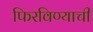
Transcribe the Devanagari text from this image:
फिरविण्याची